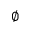
\varnothing